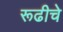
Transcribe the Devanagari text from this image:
रूढीचे